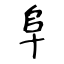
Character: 阜